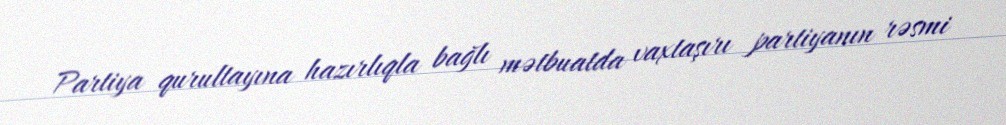
Partiya qurultayına hazırlıqla bağlı mətbuatda vaxtaşırı partiyanın rəsmi